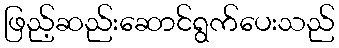
ဖြည့်ဆည်းဆောင်ရွက်ပေးသည်